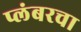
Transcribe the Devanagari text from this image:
प्लंबरचा